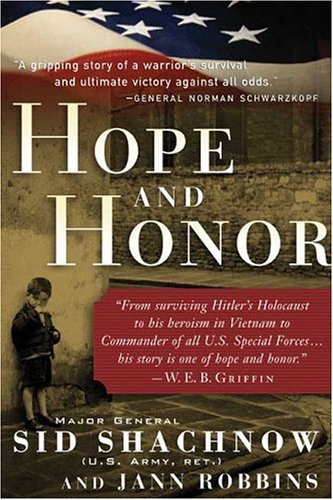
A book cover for Hope and Honor; Sidney Shachnow; Biographies & Memoirs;